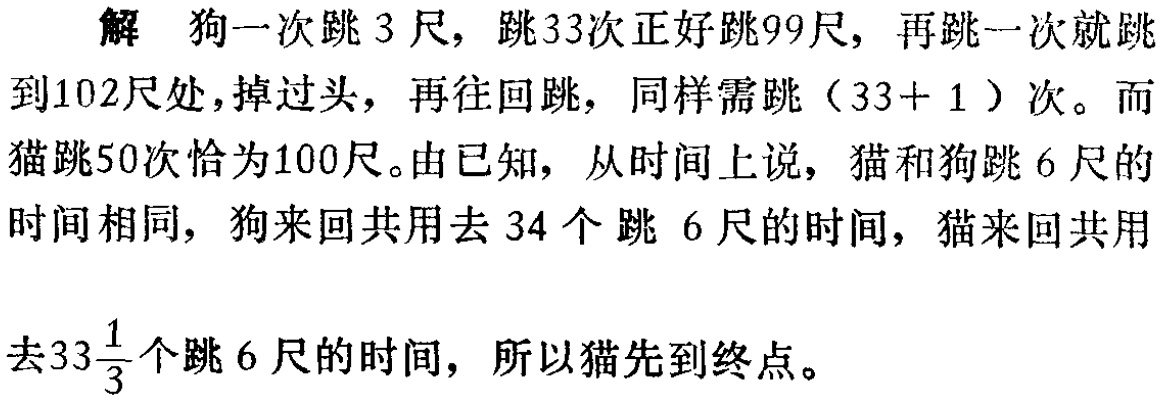
解 狗一次跳 3 尺, 跳 33次正好跳99尺, 再跳一次就跳

到102尺处,掉过头, 再往回跳, 同样需跳（33+ 1 ）次。而

猫跳50次恰为100尺。由已知, 从时间上说, 猫和狗跳 6 尺的

时间相同, 狗来回共用去 34 个跳 6 尺的时间, 猫来回共用

去\(33\frac{1}{3}\)个跳 6 尺的时间, 所以猫先到终点。